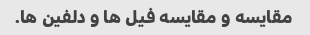
مقایسه و مقایسه فیل ها و دلفین ها.